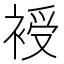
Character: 𧚯